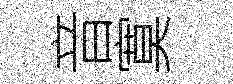
音寞